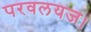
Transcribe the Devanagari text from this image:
परवलयज।